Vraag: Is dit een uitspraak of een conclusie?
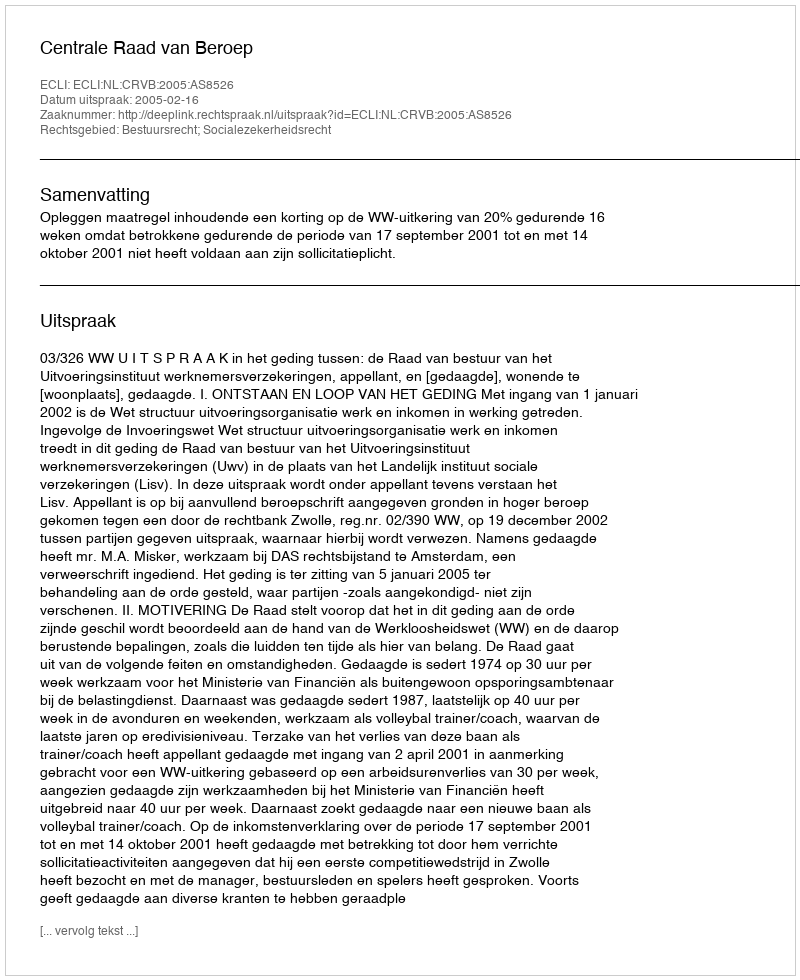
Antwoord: Uitspraak